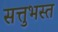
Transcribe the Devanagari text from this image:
सत्तुभस्त